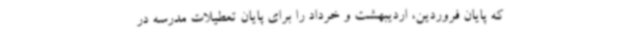
که پایان فروردین، اردیبهشت و خرداد را برای پایان تعطیلات مدرسه در